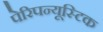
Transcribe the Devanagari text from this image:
पेरिपन्यूस्टिक